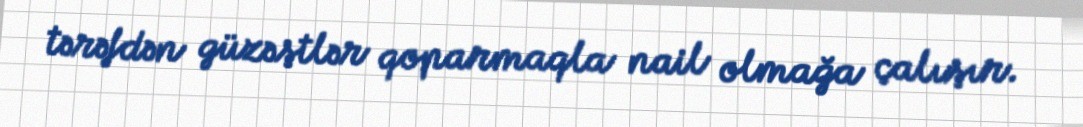
tərəfdən güzəştlər qoparmaqla nail olmağa çalışır.